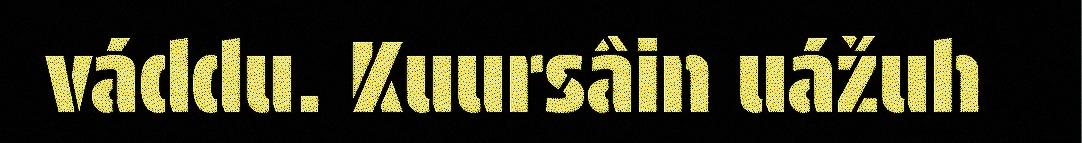
váddu. Kuursâin uážuh